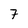
Character: 7